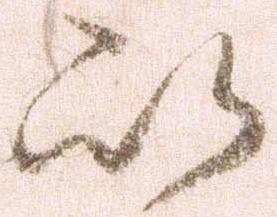
以